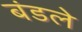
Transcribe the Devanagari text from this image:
बंडले